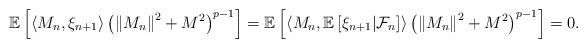
LaTeX: \begin{align*}\mathbb{E}\left[ \left\langle M_{n} , \xi_{n+1} \right\rangle \left( \left\| M_{n} \right\|^{2} + M^{2} \right)^{p-1} \right] = \mathbb{E}\left[ \left\langle M_{n} , \mathbb{E}\left[ \xi_{n+1} |\mathcal{F}_{n} \right] \right\rangle \left( \left\| M_{n} \right\|^{2} + M^{2} \right)^{p-1} \right] = 0 .\end{align*}